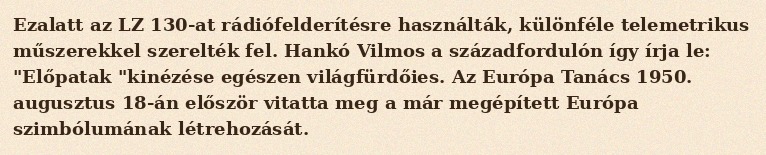
Ezalatt az LZ 130-at rádiófelderítésre használták, különféle telemetrikus műszerekkel szerelték fel. Hankó Vilmos a századfordulón így írja le: "Előpatak "kinézése egészen világfürdőies. Az Európa Tanács 1950. augusztus 18-án először vitatta meg a már megépített Európa szimbólumának létrehozását.